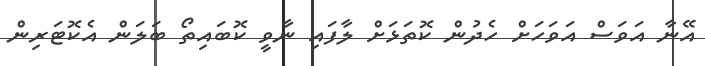
އޭނާ އަވަސް އަވަހަށް ހެދުން ކޮތަޅަށް ލާފައި ނާވީ ކޮބައިތޯ ބަލަން އެކޮޓަރިން